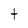
Character: t